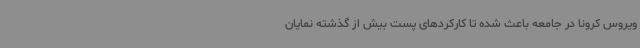
ویروس کرونا در جامعه باعث شده تا کارکردهای پست بیش از گذشته نمایان